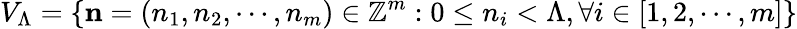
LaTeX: V_{\Lambda}=\{ \mathbf{n}=\left(n_{1},n_{2},\cdots,n_{m}\right)\in\mathbb{Z}^{m}:0\le n_{i}<\Lambda,\forall i\in[1,2,\cdots,m]\}